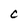
Character: C